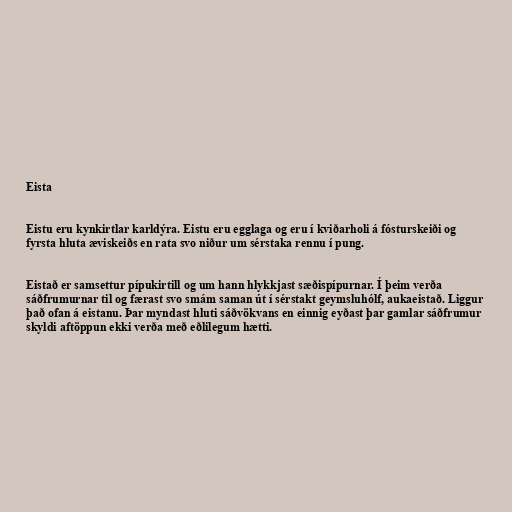
Eista

Eistu eru kynkirtlar karldýra. Eistu eru egglaga og eru í kviðarholi á fósturskeiði og
fyrsta hluta æviskeiðs en rata svo niður um sérstaka rennu í pung.

Eistað er samsettur pípukirtill og um hann hlykkjast sæðispípurnar. Í þeim verða
sáðfrumurnar til og færast svo smám saman út í sérstakt geymsluhólf, aukaeistað. Liggur
það ofan á eistanu. Þar myndast hluti sáðvökvans en einnig eyðast þar gamlar sáðfrumur
skyldi aftöppun ekki verða með eðlilegum hætti.